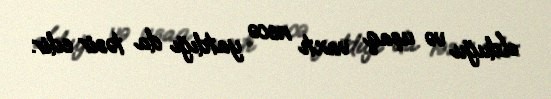
olduğu və uşaq vaxtı necə yatdığı da təsir edir.